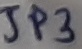
Text: JP3